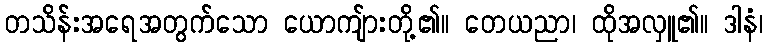
တသိန်းအရေအတွက်သော ယောကျ်ားတို့၏။ တေယညာ၊ ထိုအလှူ၏။ ဒါနံ၊